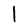
Character: l